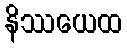
နိဿယေထ